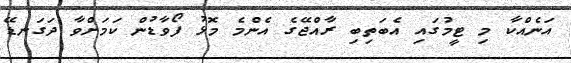
އަނެއްކާ މި ޓީމުގައި އެބަތިބި ރާއްޖޭގެ އެންމެ މޮޅު ފޯވާޑުން ކަމަށްވާ ދަގަނޑޭ